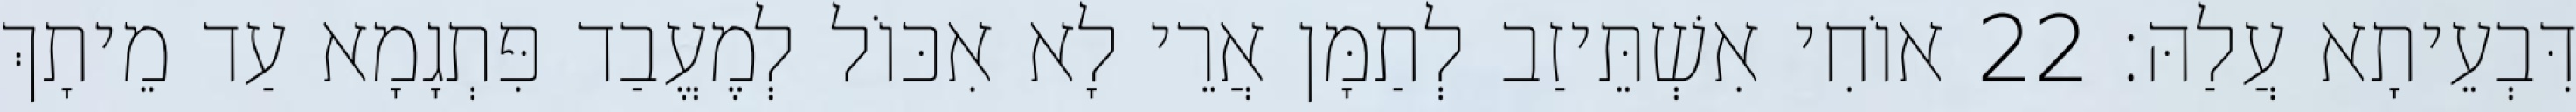
דִּבְעֵיתָא עֲלַהּ׃ 22 אוֹחִי אִשְׁתֵּיזַב לְתַמָּן אֲרֵי לָא אִכּוֹל לְמֶעֱבַד פִּתְגָמָא עַד מֵיתָךְ